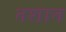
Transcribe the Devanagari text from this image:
नशान